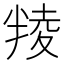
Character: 𠦻